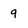
Character: 9